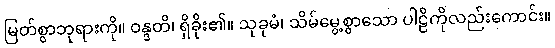
မြတ်စွာဘုရားကို။ ဝန္ဒတိ၊ ရှိခိုး၏။ သုခုမံ၊ သိမ်မွေ့စွာသော ပါဠိကိုလည်းကောင်း။